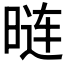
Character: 𰖏